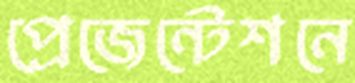
প্রেজেন্টেশনে